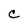
Character: C